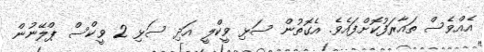
އެއްވެސް ތައާރަފުކޮށްފައެވެ. އެގޮތުން ސަޅި ވީކްލީ އަދި ސަޅި 2 ވީކްސް ޕްލޭނުން